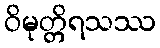
ဝိမုတ္တိရသဿ